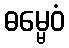
ဓမ္မေဝံ